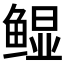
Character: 𲍖